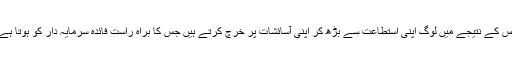
اس کے نتیجے میں لوگ اپنی استطاعت سے بڑھ کر اپنی آسائشات پر خرچ کرتے ہیں جس کا براہ راست فائدہ سرمایہ دار کو ہوتا ہے۔